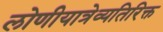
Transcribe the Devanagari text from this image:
लोणीयात्रेव्यतिरिक्त